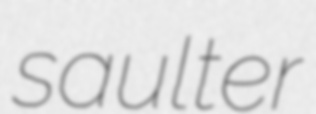
saulter